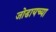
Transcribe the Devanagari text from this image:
जोडायच्या